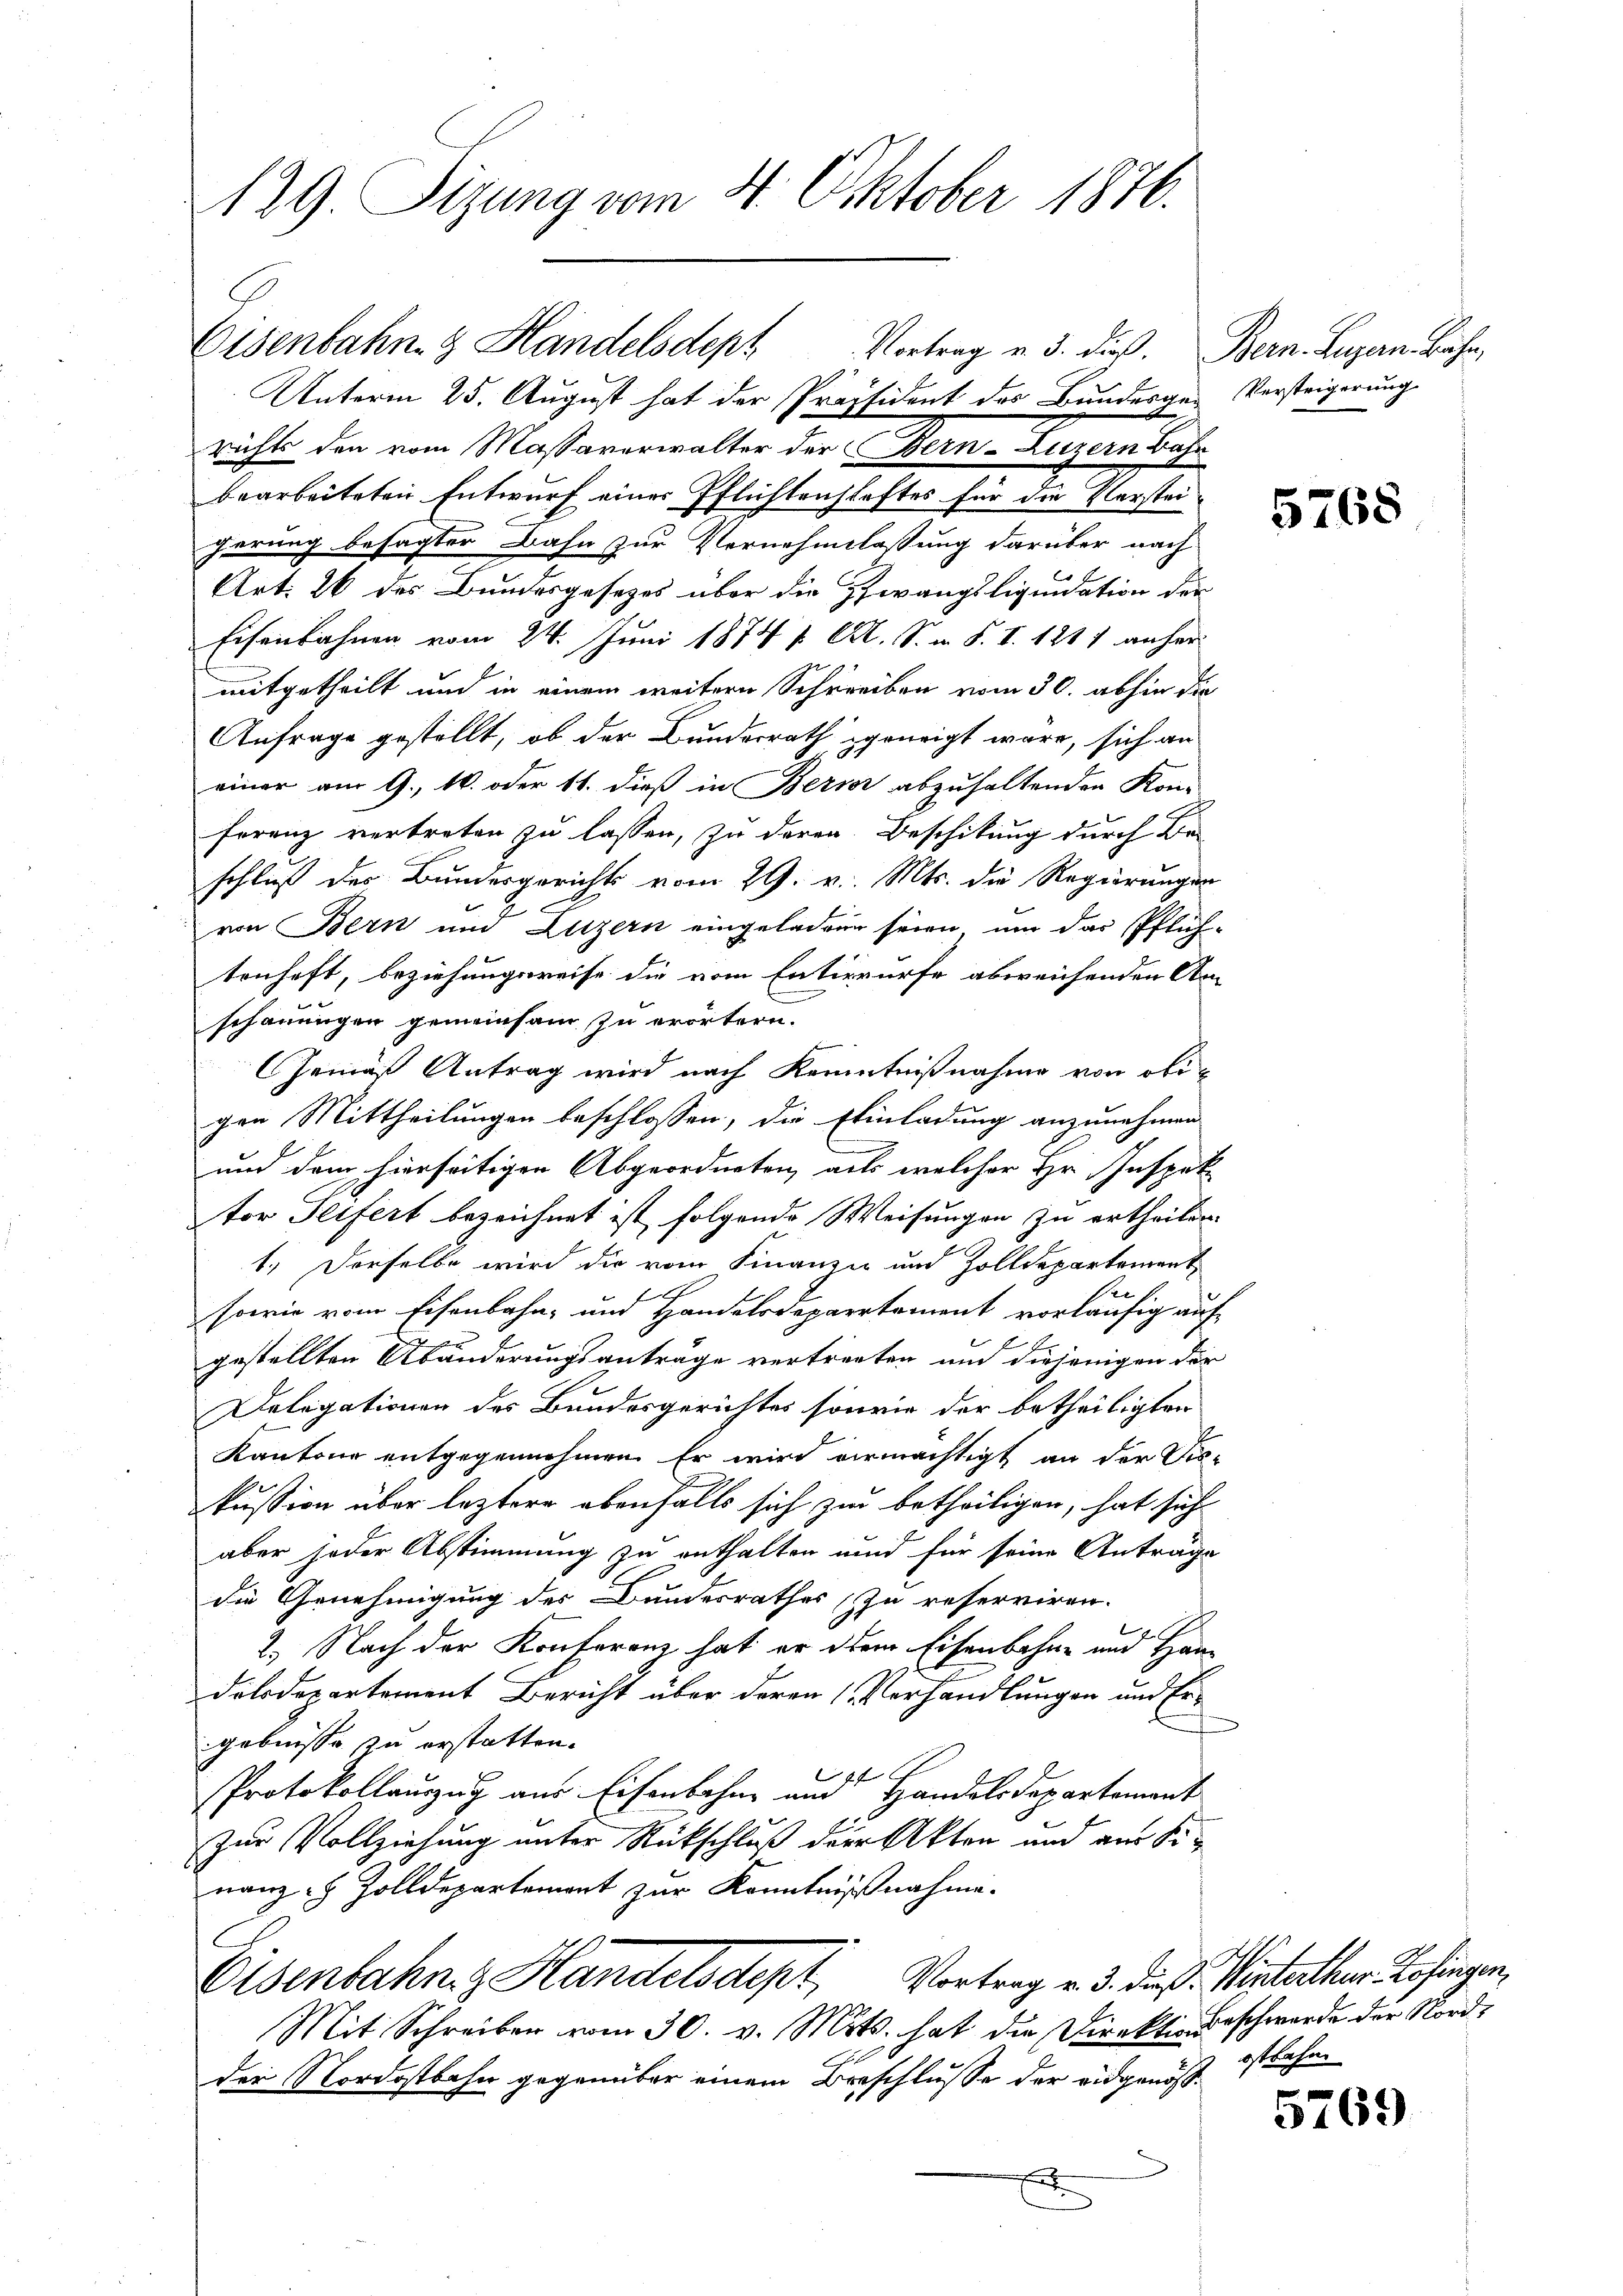
N29. Sizung vom 4. Oktober 1876.

Unterm 25. August hat der Präsident des Bundesger Versteigerung
richte den vom Massaverwalter der Bern-Luzern Bahr
bearbeiteten Entwurf einer Pflichtenschaftes für die Versteigerung besagter Bahn zur Vernehmlassung darüber nach
Art. 26 des Bundesgesezes über die Zwangsliquidation der
Eisenbahnen vom 24. Juni 1874 Al. S. m. S. I. 1811 anher
mitgetheilt und in einem weitern Schreiben vom 30. abhin die
Anfrage gestellt, ob der Bundesrath geneigt wäre, sich an
einer am 9. 1. oder 11. dieß in Bern abzuhaltenden Kon-
Frranz vertreten zu lassen, zu deren. Beschikung durch Be-
schluß des Bundesgerichts vom 29. v. Mts. die Regierungen
von Bern und Luzern eingeladene seien um das Pflich-
tenhaft, beziehungsreise die vom Entwurfe abweichenden An
schauungen gemeinsam zu erörtern.
Gemäß Antrag wird nach Kenntnißnahme von obigen Mittheilungen beschlossen, die Einladung anzunehmen
und dem hierseitigen Abgeordneten, als welcher Hr. Inspek
tor Seifert bezeichnet ist folgende Weisungen zu ertheilen.
1.) Derselbe wird die vom Finanze und Zolldepartement
e¬
sowie vom Eisenbahn- und Handelsdepartement vorläufig auf
gestellten Abänderungsanträge vertreten und diejenigen der
Delegationen des Bundesgerichtes sowie der betheiligten
Kantone entgegennehmen. Er wird vermächtigt an der Diskussion über leztere ebenfalls sich zu betheiligen, hat sich
aber jeder Abstimmung zu enthalten und für seine Anträge
die Genehmigung des Bundesrathes zu reserviren.
2.) Nach der Konferenz hat er dem Eisenbahne und Han-
dolodepartement Bericht über deren (Verhandlungen und Er-
gebnisse zu erstatten.
1f
Protokollauszug aus Eisenbahne am Handelsdepartement
zur Vollziehung unter Rückschluß der Akten und aus Sinanz - Zolldepartement zur Kenntnißnahme-
Eisenbahn z Handelsdept, Vortrag v. 3. dieß. Winterthur Lösungen,
Mit Schreiben vom 30. v. Mts. hat die Direktion Beschwerde der Nordder Nordostbahn gegenüber einem Beschlusse der eidgenöss¬
1

Eisenbahng Handelsdept Vortrag v. 3. dieß. Bern. Luzern. Bähr,

5768

5769

ostbahn